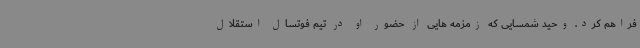
فراهم کرد. وحید شمسایی که زمزمه هایی از حضور او در تیم فوتسال استقلال